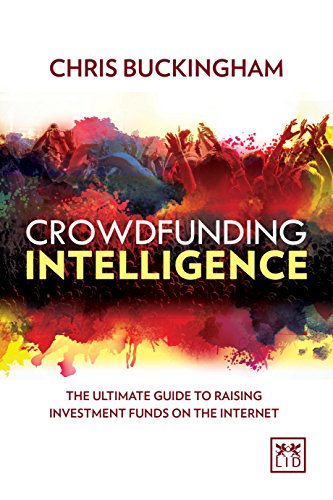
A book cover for Crowdfunding Intelligence: The No-Nonsense Guide to Raising Investment Funds on the Internet; Chris Buckingham; Business & Money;